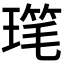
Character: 𪼋